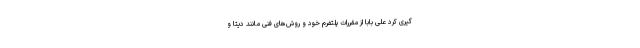
گیری کرد علی بابا از مقررات پلتفرم خود و روش‌های فنی مانند دیتا و